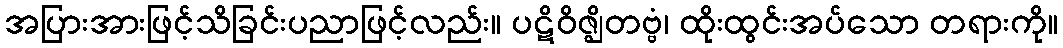
အပြားအားဖြင့်သိခြင်းပညာဖြင့်လည်း။ ပဋိဝိဇ္ဈိတဗ္ဗံ၊ ထိုးထွင်းအပ်သော တရားကို။